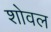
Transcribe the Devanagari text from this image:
शोवल